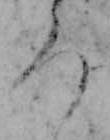
ろ